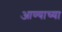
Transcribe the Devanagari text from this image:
आण्याच्या